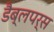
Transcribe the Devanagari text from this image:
डैब्लपर्स